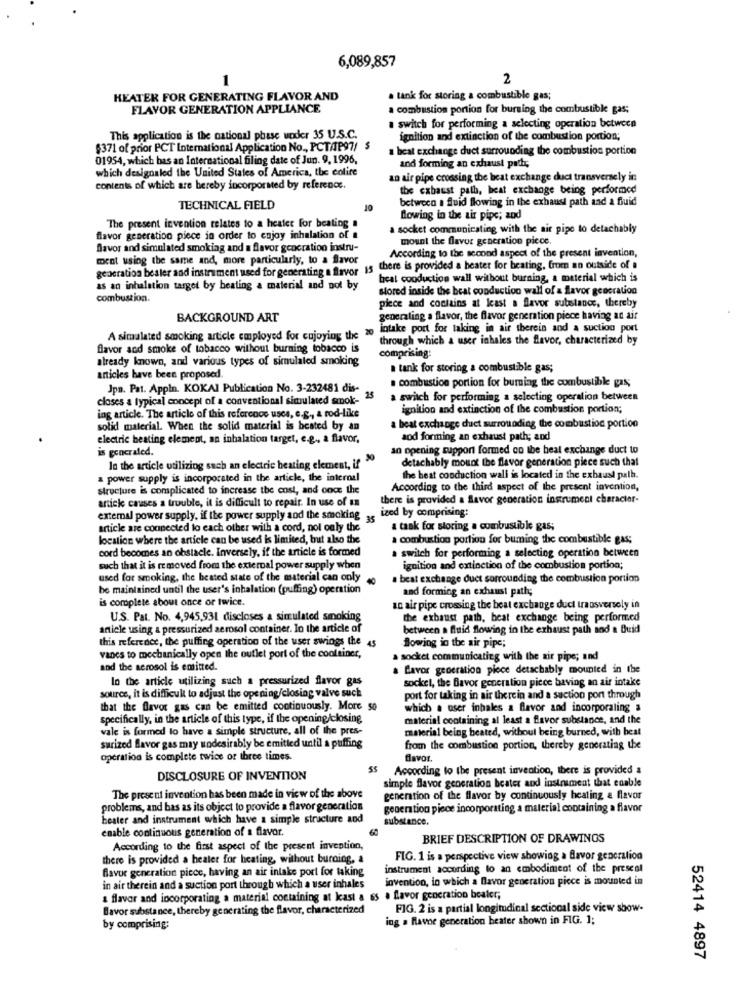
6,089,857
1
2
HEATER FOR GENERATING FLAVOR AND
. tank for storing a combustible gas;
FLAVOR GENERATION APPLIANCE
a combustion portion for burning the combustible gas;
switch for performing a selecting operation between
This application is the national phase under 35 U.S.C.
ignition and extinction of the combustion portion;
$371 of prior PCT International Application No ., PCTAP97/ $
beat exchange duct surrounding the combustion portion
01954, which has an International filing date of Jun. 9, 1996,
which designaled the United States of America, the colite
and forming an exhaust pads
an air pipe crossing the beat exchange duct transversely in
contents of which are hereby incorporated by reference.
the exhaust path, heat exchange being performed
of
between a fluid flowing in the exhaust path and a fluid
TECHNICAL FIELD
Blowing in the air pipe; and
The present invention relates to a heater for beating a
a socket communicating with the air pipe to detachably
flavor generation piece in order to enjoy inhalation of a
mount the flavor generation picos.
flavor and simulated smoking and a flavor generation instru-
According to the second aspect of the present invention,
ment using the same and, more particularly, to a flavor
generation besler and instrument used for generating a flavor 15 there is provided a beater for beating, from an outside of
beal cooduction wall without burning, a material which is
as an inhalation target by heating a material and not by
sored inside the beat conduction wall of a flavor generation
combustion.
piece and contains at least a flavor substance, thereby
BACKGROUND ART
generating a flavor, the flavor generation piece having an air
intake port for taking in air thereis and a suction port
A simulated smoking article employed for enjoying the 20
through which a user inhales the flavor, characterized by
flavor and smoke of tobacco without burning tobacco is
already known, and various types of simulaled smoking
comprising:
tank for storing a combustible gas;
articles have been proposed.
Jpn. Pat. Appin. KOKAI Publication No. 3-232481 dis-
combustion portion for burning the combustible gas;
closes a typical concept of a conventional simulated smok-
25
a switch for performing a selecting operation between
ignition and extinction of the combustion portion;
ing article. The article of this reference uses, e.g ., a rod-like
solid material. When the solid material is beated by an
a beat exchange duct surrounding the combustion portion
electric heating element, an inhalation target, e.g ., a flavor,
aod forming an exhaust path; and
is generated.
an opening support formed co the beat exchange duct to
detachably mount the flavor generation piece such that
In the article utilizing such an electric heating element, if"
a power supply is incorporated in the article, the internal
the beat conduction wall is located in the exhaust path.
structure is complicated to increase the cost, and once the
According to the third aspect of the present invention,
antieke causes a trouble, it is difficult to repair. In use of an
there is provided a favor generation instrument character-
ized by comprising:
external power supply, if the power supply and the smoking
article are connected to each other with a cord, not only the
a task for storing a combustible gas;
location where the article can be used is limited, but also the
a combustion portion for buming the combustible gas;
cord becomes an obstacle. Inversely, if the article is formed
switch for performing a selecting operation between
such that it is removed from the external power supply when
ignition and extinction of the combustion portion;
used for smoking, the beated state of the material can only
a beat exchange duct sorrounding the combustion portion
be maintained until the user's inhalation (puffing) operation
and forming an exhaust path;
is complete about once or twice.
an air pipe crossing the beat exchange duct transversely in
U.S. Pat. No. 4,945,931 discloses a simulated smoking
the exhaust path, beat exchange being performed
anicle using a pressurized aerosol container. In the article of
between a fluid flowing in the exhaust path and a Buid
this reference, the puffing operation of the user swings the 45
Blowing in the air pipe;
vanes to mechanically open the outlet port of the cooltiner,
a socket communicating with the air pipe; and
and the aerosol is emitted.
a favor generation piece detachably mounted in the
lo the article utilizing such a pressurized flavor gas
sockel, the Bavor generation piece having an air intake
source, it is difficult to adjust the opening/closing valve such
port for taking in air therein and a suction port through
that the flavor gas can be emitted continuously. More 50
which a user inhales a flavor and incorporaling &
specifically, in the article of this type, if the opening/closing
material containing al least a flavor substance, and the
vale is formed to have a simple structure, all of the pres-
material being beated, without being burned, with best
surized flavor gas may undesirably be emitted until a puffing
from the combustion portion, thereby generating the
operation is complete twice of three times.
flavor.
55
According to the present invention, there is provided a
DISCLOSURE OF INVENTION
simple flavor generation beater and instrument that enable
The present invention has been made in view of the above
generation of the flavor by continuously heating & flavor
problems, and bas as its object to provide a flavor generation
generation piece incorporating a material containing a flavor
heater and instrument which have a simple structure and
substance.
enable continuous generation of a flavor.
BRIEF DESCRIPTION OF DRAWINGS
According to the first aspect of the present invention,
there is provided a healer for heating, without burning, a
FIG. 1 is a perspective view showing a flavor generation
flavor generation piece, having an air intake port for taking
instrument according to an embodiment of the present
invention, in which a flavor generation piece is mounted in
in air therein and a suction port through which a user inhales
a flavor and incorporating a material containing at kast a es a favor geocration boater;
Bavor substance, thereby generating the flavor, characterized
FIG. 2 is a partial longitudinal sectional side view show-
ing a flavor generation heater shown in FIG. 1;
by comprising;
52414 4897